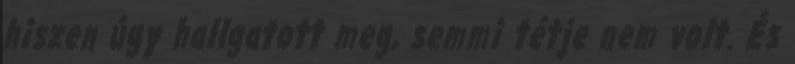
hiszen úgy hallgatott meg, semmi tétje nem volt. És